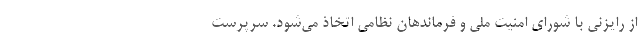
از رایزنی با شورای امنیت ملی و فرماندهان نظامی اتخاذ می‌شود. سرپرست